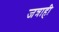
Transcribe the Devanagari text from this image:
जत्राही